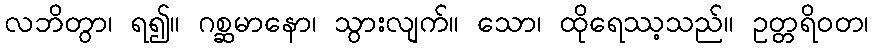
လဘိတွာ၊ ရ၍။ ဂစ္ဆမာနော၊ သွားလျက်။ သော၊ ထိုရေဿ့သည်။ ဥတ္တရိဝတ၊